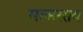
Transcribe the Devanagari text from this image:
मल्हरराव